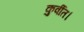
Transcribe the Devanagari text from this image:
कुर्वीत।